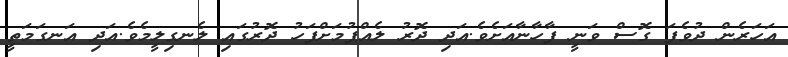
އަހަރެން ދުވެފަ ގޮސް ވަނީ ފާހާނާއަށެވެ.އަދި ދޮރު ލެއްޕުމަށްފަހު ދޮރުގައި ލެނގިލީމެވެ.އަދި އަނގަމަތީ